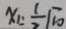
x _ { 1 } = \frac { 1 } { 2 } - \sqrt { 1 0 }